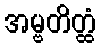
အမ္ဗတိတ္ထံ